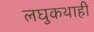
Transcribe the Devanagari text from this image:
लघुकथाही